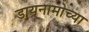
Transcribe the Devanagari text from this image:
डायनामोच्या